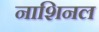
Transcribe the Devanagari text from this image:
नाशिनल